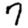
Digit: 7